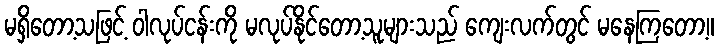
မရှိတော့သဖြင့် ဝါလုပ်ငန်းကို မလုပ်နိုင်တော့သူများသည် ကျေးလက်တွင် မနေကြတော့။